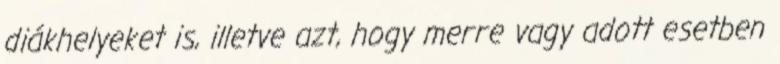
diákhelyeket is, illetve azt, hogy merre vagy adott esetben